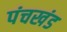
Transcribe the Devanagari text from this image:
पंचखंड